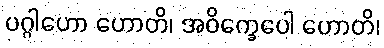
ပဂ္ဂါဟော ဟောတိ၊ အဝိက္ခေပေါ ဟောတိ၊